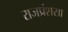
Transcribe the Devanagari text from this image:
राजप्रंशसा